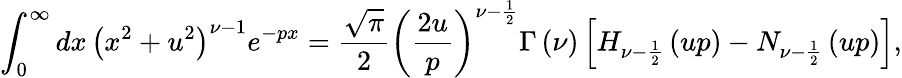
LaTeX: \int_{0}^{\infty}dx\, \left(x^{2}+u^{2}\right)^{\nu-1}e^{-px}=\frac{\sqrt{\pi}}{2}\left(\frac{2u}{p}\right)^{\nu-\frac{1}{2}}\Gamma\left(\nu\right)\left[H_{\nu-\frac{1}{2}}\left(up\right)-N_{\nu-\frac{1}{2}}\left(up\right)\right],